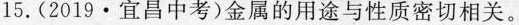
15.(2019·宜昌中考)金属的用途与性质密切相关。